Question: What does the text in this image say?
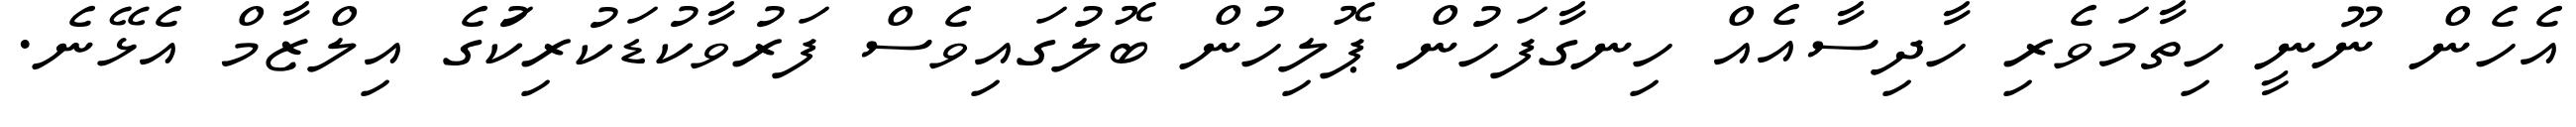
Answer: އެހެން ނޫނީ ހިތާމަވެރި ހާދިސާއެއް ހިނގާފަހުން ޕޮލިހުން ބޮލުގައިވެސް ފަރުވާކުޑަކުރިކަުގެ އިލްޒާމް އެޅޭނެ.